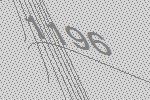
1196